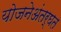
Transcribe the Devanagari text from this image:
योजनेअंतर्घत